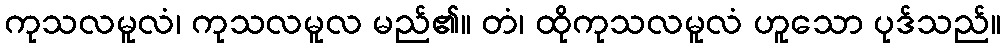
ကုသလမူလံ၊ ကုသလမူလ မည်၏။ တံ၊ ထိုကုသလမူလံ ဟူသော ပုဒ်သည်။